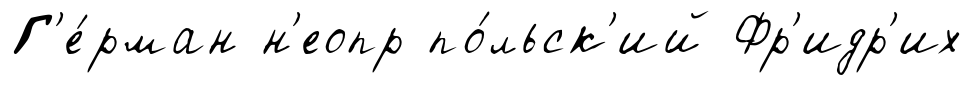
Г'е́рман н'еопр по́льск'ий Фр'идр'их